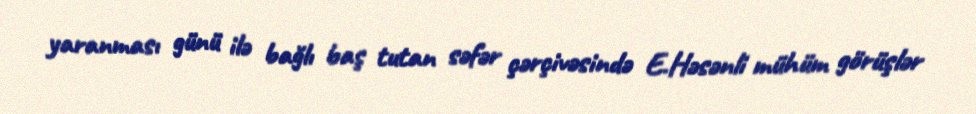
yaranması günü ilə bağlı baş tutan səfər çərçivəsində E.Həsənli mühüm görüşlər